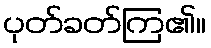
ပုတ်ခတ်ကြ၏။